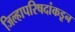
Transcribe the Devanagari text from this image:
जिल्हापरिषदांकडून